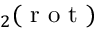
_ 2 ( \mathrm { ~ r ~ o ~ t ~ } )